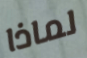
لماذا